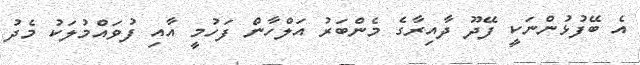
އެ ބޭފުޅުންނަކީ ފޭދޫ ދާއިރާގެ މެންބަރު އަލްހާން ފަހުމީ އާއި ފުވައްމުލަކު މެދު